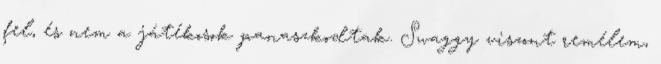
fel, és nem a játékosok panaszkodtak. Swaggy viszont remélem,